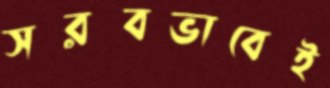
সরবভাবেই